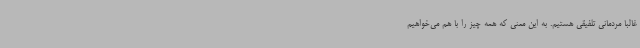
غالبا مردمانی تلفیقی هستیم. به این معنی که همه چیز را با هم می‌خواهیم